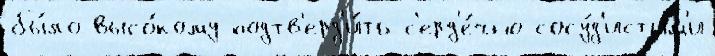
бы́ло высо́кому подтв'ерд'и́ть с'ерд'е́чно-сосу́д'истым'и